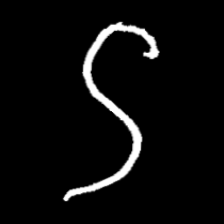
Pyu character \u2014 Myanmar letter: ဌ (romanized: ttha)